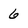
Character: 6